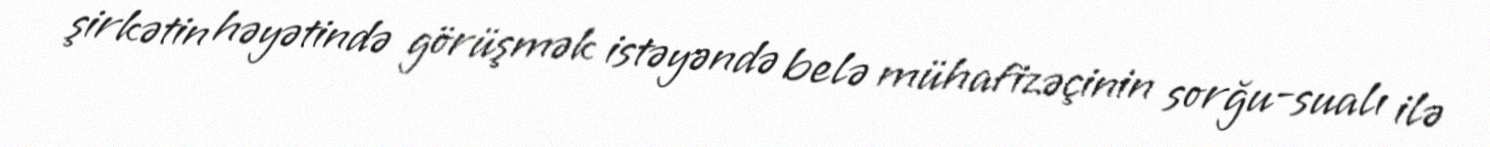
şirkətin həyətində görüşmək istəyəndə belə mühafizəçinin sorğu-sualı ilə